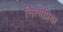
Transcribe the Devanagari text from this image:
नित्यप्रिया